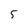
Character: 5